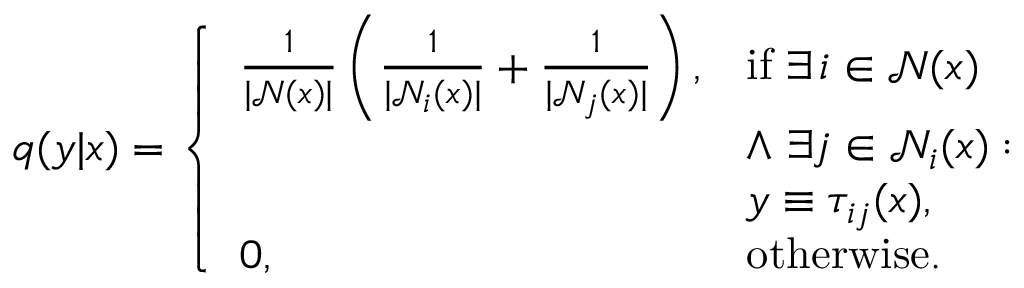
\begin{array} { r } { q ( y | x ) = \left\{ \begin{array} { l l } { \frac { 1 } { | \mathcal { N } ( x ) | } \left( \frac { 1 } { | \mathcal { N } _ { i } ( x ) | } + \frac { 1 } { | \mathcal { N } _ { j } ( x ) | } \right) , } & { \mathrm { i f } ~ \exists \, i \in \mathcal { N } ( x ) } \\ & { \land ~ \exists j \in \mathcal { N } _ { i } ( x ) : } \\ & { y \equiv \tau _ { i j } ( x ) , } \\ { 0 , } & { \mathrm { o t h e r w i s e } . } \end{array} \right. } \end{array}